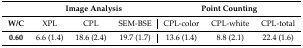
<table><thead><tr><td></td><td colspan="3"><b>Image Analysis</b></td><td colspan="3"><b>Point Counting</b></td></tr></thead><tbody><tr><td><b>W/C</b></td><td>XPL</td><td>CPL</td><td>SEM-BSE</td><td>CPL-color</td><td>CPL-white</td><td>CPL-total</td></tr><tr><td><b>0.60</b></td><td>6.6 (1.4)</td><td>18.6 (2.4)</td><td>19.7 (1.7)</td><td>13.6 (1.4)</td><td>8.8 (2.1)</td><td>22.4 (1.6)</td></tr></tbody></table>